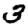
Digit: 3